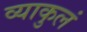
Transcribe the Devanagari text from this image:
व्याकुलं